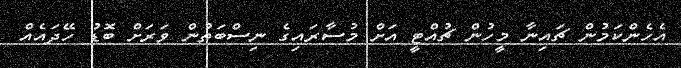
އެހެންކަމުން ޗައިނާ މީހުން ޗުއްޓީ އަށް މުސާރައިގެ ނިސްބަތުން ވަރަށް ބޮޑު ހޭދައެއް